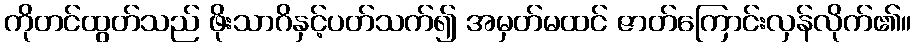
ကိုတင်ထွတ်သည် ဖိုးသာဂိနှင့်ပတ်သက်၍ အမှတ်မထင် ဇာတ်ကြောင်းလှန်လိုက်၏။